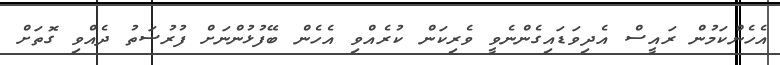
އެހެންކަމުން ރައީސް އެދިވަޑައިގެންނެވީ ވެރިކަން ކުރެއްވި އެެހެން ބޭފުޅުންނަށް ފުރުސަތު ދެއްވި ގޮތަށް